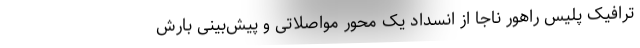
ترافیک پلیس راهور ناجا از انسداد یک محور مواصلاتی و پیش‌بینی بارش